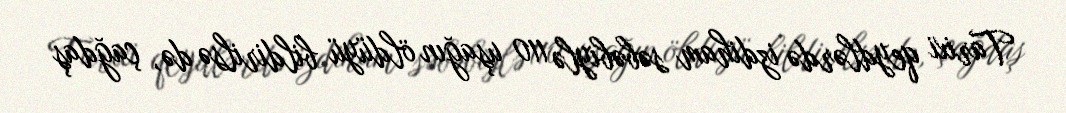
Tarixi qeydlərdə izdiham səbəbiylə 110 uşağın öldüyü bildirilsə də, çağdaş